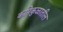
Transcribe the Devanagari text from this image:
कपिकुळातील